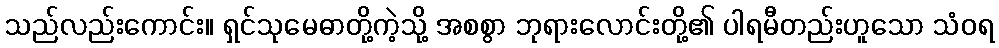
သည်လည်းကောင်း။ ရှင်သုမေဓာတို့ကဲ့သို့ အစစွာ ဘုရားလောင်းတို့၏ ပါရမီတည်းဟူသော သံဝရ